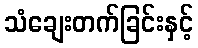
သံချေးတက်ခြင်းနှင့်